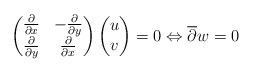
LaTeX: \begin{align*} \left( \begin{matrix} \frac{\partial }{\partial x} & -\frac{\partial }{\partial y} \\ \frac{\partial }{\partial y} & \frac{\partial }{\partial x} \\\end{matrix} \right)\left( \begin{matrix} u \\ v \\\end{matrix} \right)=0\Leftrightarrow \overline{\partial }w=0\end{align*}